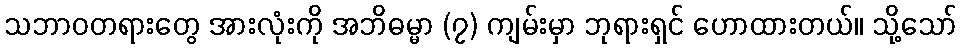
သဘာဝတရားတွေ အားလုံးကို အဘိဓမ္မာ (၇) ကျမ်းမှာ ဘုရားရှင် ဟောထားတယ်။ သို့သော်